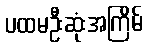
ပထမဦးဆုံးအကြိမ်